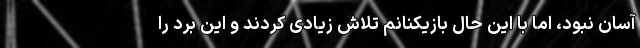
آسان نبود، اما با این حال بازیکنانم تلاش زیادی کردند و این برد را